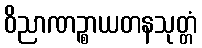
ဝိညာဏဉ္စာယတနသုတ္တံ